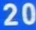
20